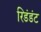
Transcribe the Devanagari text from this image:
रिडंडंट